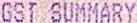
GST SUMMARY